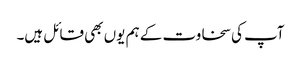
آپ کی سخاوت کے ہم یوں بھی قائل ہیں۔